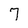
Character: 7